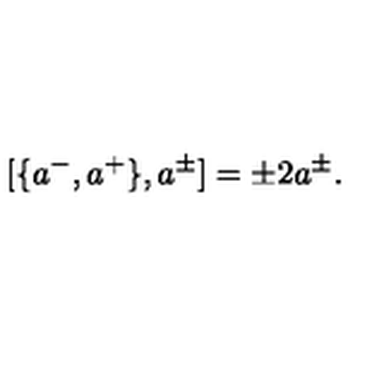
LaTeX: [ \{ a ^ { - } , a ^ { + } \} , a ^ { \pm } ] = \pm 2 a ^ { \pm } .